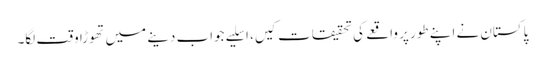
پاکستان نے اپنے طور پر واقعے کی تحقیقات کیں، اسلیے جواب دینے میں تھوڑا وقت لگا۔